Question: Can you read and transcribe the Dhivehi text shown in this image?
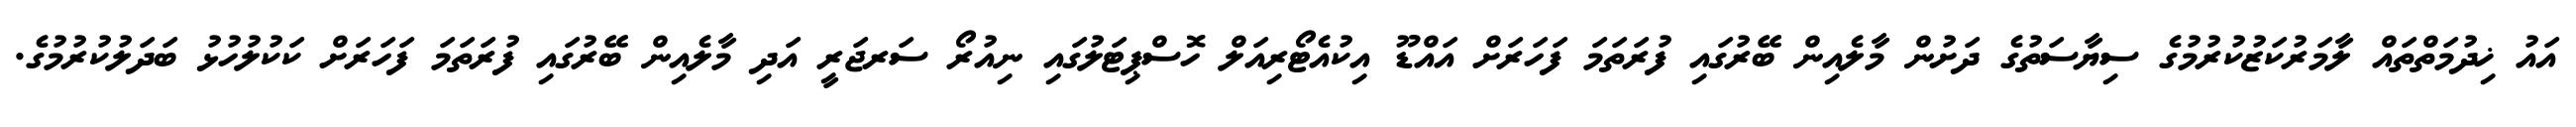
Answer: އައު ޚިދުމަތްތައް ލާމަރުކަޒުކުރުމުގެ ސިޔާސަތުގެ ދަށުން މާލެއިން ބޭރުގައި ފުރަތަމަ ފަހަރަށް އައްޑޫ އިކުއެޓޯރިއަލް ހޮސްޕިޓަލުގައި ނިއުރޯ ސަރޖަރީ އަދި މާލެއިން ބޭރުގައި ފުރަތަމަ ފަހަރަށް ކަކުލުހުޅު ބަދަލުކުރުމުގެ.